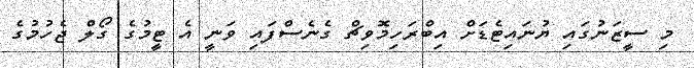
މި ސީޒަނުގައި ޔުނައިޓެޑަށް އިބްރަހިމޮވިޗް ގެނެސްފައި ވަނީ އެ ޓީމުގެ ގޯލް ޖެހުމުގެ